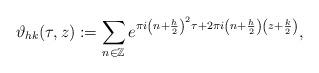
LaTeX: \begin{align*} \vartheta_{hk} (\tau ,z):=\sum_{n\in \mathbb{Z}} e^{\pi i \left(n+\frac{h}{2}\right)^2 \tau +2\pi i\left(n+\frac{h}{2}\right)\left(z+\frac{k}{2}\right)}, \end{align*}